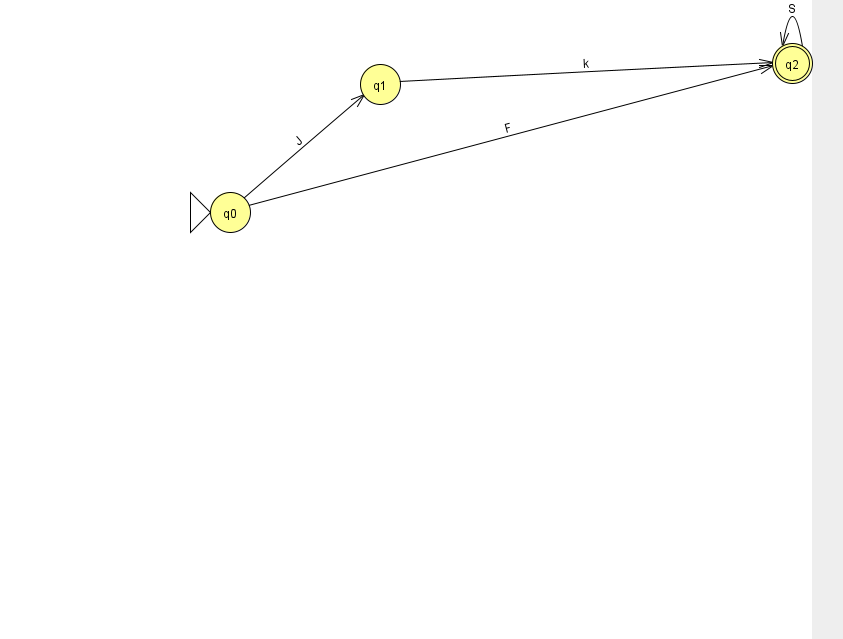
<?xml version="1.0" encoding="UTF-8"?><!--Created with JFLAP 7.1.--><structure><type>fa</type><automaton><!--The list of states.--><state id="0" name="q0"><x>230.0</x><y>199.0</y><initial/></state><state id="1" name="q1"><x>380.0</x><y>71.0</y></state><state id="2" name="q2"><x>792.0</x><y>50.0</y><final/></state><!--The list of transitions.--><transition><from>0</from><to>1</to><read>J</read></transition><transition><from>2</from><to>2</to><read>S</read></transition><transition><from>1</from><to>2</to><read>k</read></transition><transition><from>0</from><to>2</to><read>F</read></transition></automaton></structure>